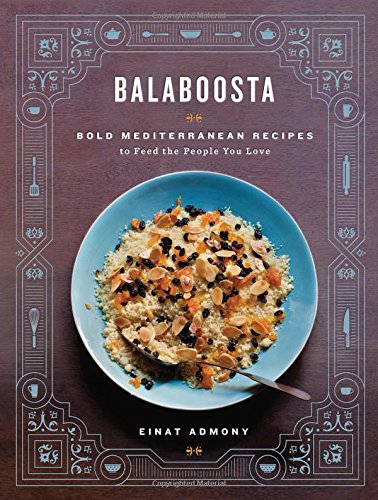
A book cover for Balaboosta; Einat Admony; Cookbooks, Food & Wine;